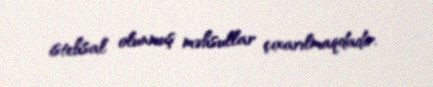
istehsal olunmuş məhsullar çıxarılmaqdadır.